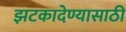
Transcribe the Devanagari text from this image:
झटकादेण्यासाठी